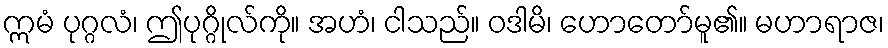
ဣမံ ပုဂ္ဂလံ၊ ဤပုဂ္ဂိုလ်ကို။ အဟံ၊ ငါသည်။ ဝဒါမိ၊ ဟောတော်မူ၏။ မဟာရာဇ၊